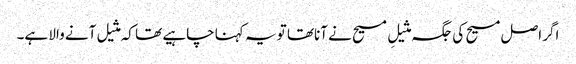
اگر اصل مسیح کی جگہ مثیلِ مسیح نے آناتھا تو یہ کہنا چاہیے تھا کہ مثیل آنے والا ہے۔